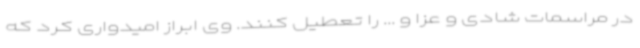
در مراسمات شادی و عزا و ... را تعطیل کنند. وی ابراز امیدواری کرد که